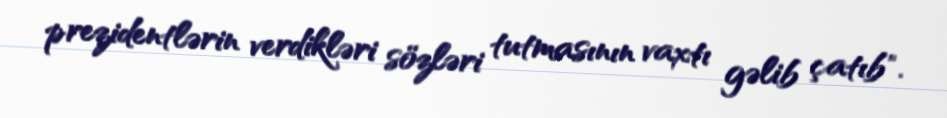
prezidentlərin verdikləri sözləri tutmasının vaxtı gəlib çatıb".